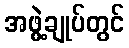
အဖွဲ့ချုပ်တွင်